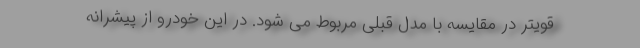
قویتر در مقایسه با مدل قبلی مربوط می شود. در این خودرو از پیشرانه